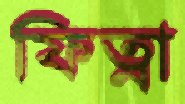
ফিত্না